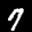
Label: 7